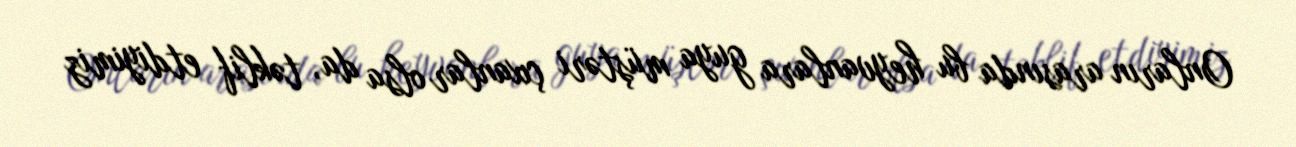
Onların arasında bu heyvanlara guya müştəri çıxanlar olsa da, təklif etdiyimiz